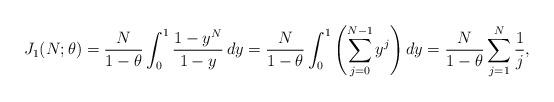
LaTeX: \begin{align*}J_1(N; \theta) = \frac{N}{1 - \theta} \int_0^1 \frac{1-y^N}{1-y} \, dy = \frac{N}{1 - \theta} \int_0^1 \left(\sum_{j=0}^{N-1} y^j\right)dy= \frac{N}{1 - \theta} \sum_{j=1}^N \frac{1}{j},\end{align*}